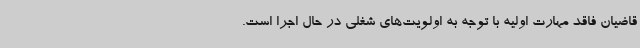
قاضیان فاقد مهارت اولیه با توجه به اولویت‌های شغلی در حال اجرا است.